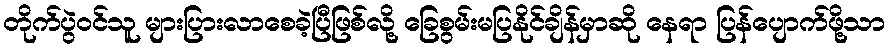
တိုက်ပွဲဝင်သူ များပြားလာစေခဲ့ပြီဖြစ်လို့ ခြေစွမ်းမပြနိုင်ချိန်မှာဆို နေရာ ပြန်ပျောက်ဖို့သာ